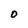
Character: O